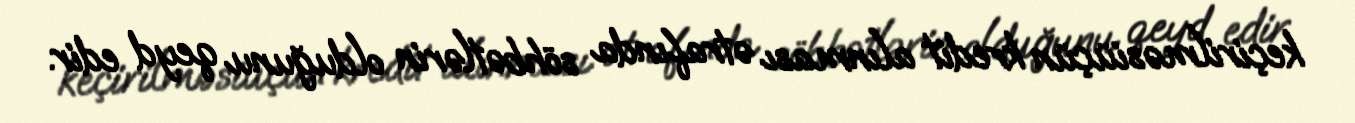
keçirilməsiüçün kredit alınması ətrafında söhbətlərin olduğunu qeyd edir.